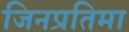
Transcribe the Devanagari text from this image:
जिनप्रतिमा